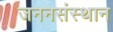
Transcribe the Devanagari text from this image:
जननसंस्थान